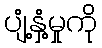
ပျံ့နှံ့မှုကို